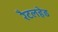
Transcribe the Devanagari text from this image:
रैटलहेड